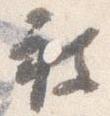
被